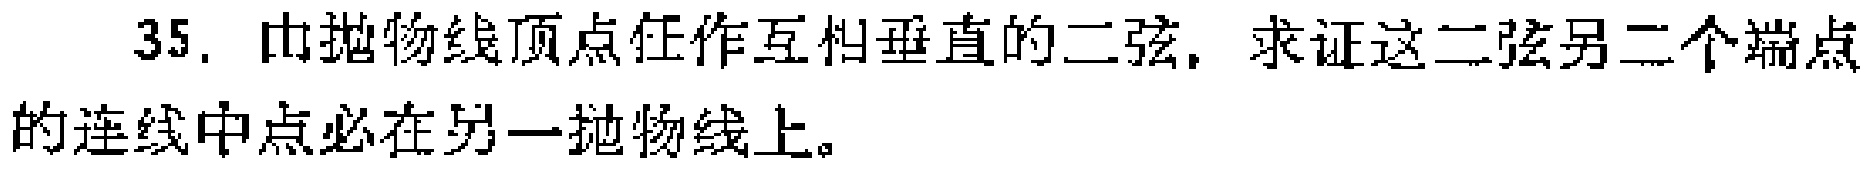
35. 由抛物线顶点任作互相垂直的二弦，求证这二弦另二个端点的连线中点必在另一抛物线上。